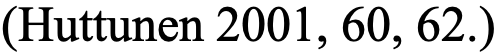
(Huttunen 2001, 60, 62.)